Insane asylums in Bengal annual reports 1876-1887 - 1876-1887
Year: 1876
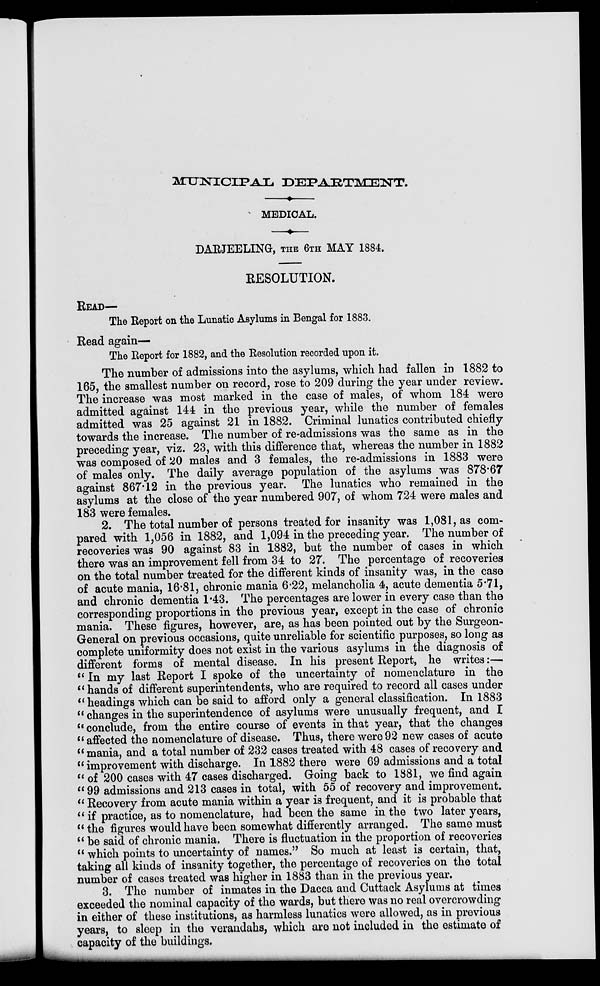
MUNICIPAL DEPARTMENT.
MEDICAL.
DARJEELING, THE 6TH MAY 1884.
RESOLUTION.
READ¬
The Report on the Lunatic Asylums in Bengal for 1883.
Read again...
The Report for 1882, and the Resolution recorded upon it.
The number of admissions into the asylums, which had fallen in 1882 to
165, the smallest number on record, rose to 209 during the year under review.
The increase was most marked in the case of males, of whom 184 were
admitted against 144 in the previous year, while the number of females
admitted was 25 against 21 in 1882. Criminal lunatics contributed chiefly
towards the increase. The number of re-admissions was the same as in the
preceding year, viz. 23, with this difference that, whereas the number in 1882
was composed of 20 males and 3 females, the re-admissions in 1883 were
of males only. The daily average population of the asylums was 878.67
against 867.12 in the previous year. The lunatics who remained in the
asylums at the close of the year numbered 907, of whom 724 were males and
183 were females.
2. The total number of persons treated for insanity was 1,081, as com-
pared with 1,056 in 1882, and 1,094 in the preceding year. The number of
recoveries was 90 against 83 in 1882, but the number of cases in which
there was an improvement fell from 34 to 27. The percentage of recoveries
on the total number treated for the different kinds of insanity was, in the case
of acute mania, 16.81, chronic mania 6.22, melancholia 4, acute dementia 5.71,
and chronic dementia 1.43. The percentages are lower in every case than the
corresponding proportions in the previous year, except in the case of chronic
mania. These figures, however, are, as has been pointed out by the Surgeon-
General on previous occasions, quite unreliable for scientific purposes, so long as
complete uniformity does not exist in the various asylums in the diagnosis of
different forms of mental disease. In his present Report, he writes:...
" In my last Report I spoke of the uncertainty of nomenclature in the
"hands of different superintendents, who are required to record all cases under
"headings which can be said to afford only a general classification. In 1883
" changes in the superintendence of asylums were unusually frequent, and I
'' conclude, from the entire course of events in that year, that the changes
" affected the nomenclature of disease. Thus, there were 92 new cases of acute
" mania, and a total number of 232 cases treated with 48 cases of recovery and
" improvement with discharge. In 1882 there were 69 admissions and a total
" of 200 cases with 47 cases discharged. Going back to 1881, we find again
"99 admissions and 213 cases in total, with 55 of recovery and improvement.
" Recovery from acute mania within a year is frequent, and it is probable that
" if practice, as to nomenclature, had been the same in the two later years,
" the figures would have been somewhat differently arranged. The same must
" be said of chronic mania. There is fluctuation in the proportion of recoveries
" which points to uncertainty of names." So much at least is certain, that,
taking all kinds of insanity together, the percentage of recoveries on the total
number of cases treated was higher in 1883 than in the previous year.
3. The number of inmates in the Dacca and Cuttack Asylums at times
exceeded the nominal capacity of the wards, but there was no real overcrowding
in either of these institutions, as harmless lunatics were allowed, as in previous
years, to sleep in the verandahs, which are not included in the estimate of
capacity of the buildings.